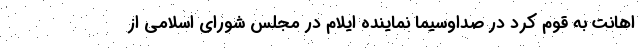
اهانت به قوم کرد در صداوسیما نماینده ایلام در مجلس شورای اسلامی از